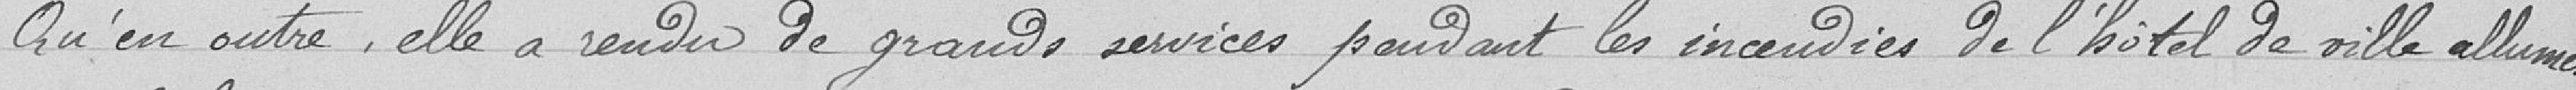
Qu'en outre, elle a rendu de grands services pendant les incendies de l'hôtel de ville allumés